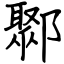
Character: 鄹